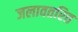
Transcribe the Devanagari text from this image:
जलावतरित